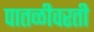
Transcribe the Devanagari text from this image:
पातळीवरती